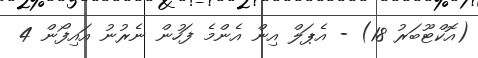
(އޮކްޓޫބަރު 18) - އެޕަލް އިން އެންމެ ފަހުން ނެރުނު އައިފޯން 4